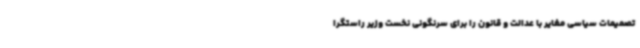
تصمیمات سیاسی مغایر با عدالت و قانون را برای سرنگونی نخست وزیر راستگرا